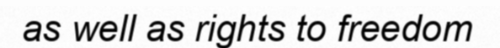
as well as rights to freedom